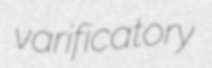
varificatory